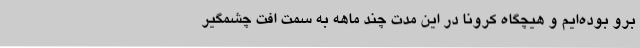
برو بوده‌ایم و هیچگاه کرونا در این مدت چند ماهه به سمت افت چشمگیر